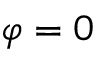
\varphi = 0